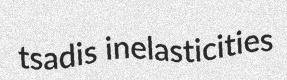
tsadis inelasticities